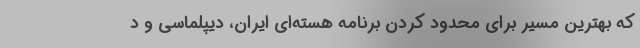
که بهترین مسیر برای محدود کردن برنامه هسته‌ای ایران، دیپلماسی و د